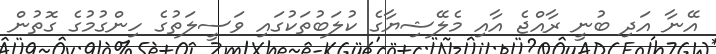
އޭނާ އަދި ބުނީ ރާއްޖެ އާއި މެލޭޝިޔާގެ ކުލަބުތަކުގައި ވަސީލަތުގެ ހިންގުމުގެ ގޮތުން